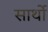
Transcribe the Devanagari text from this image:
सार्थो